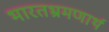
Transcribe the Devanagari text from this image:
भारतभ्रमणार्थ